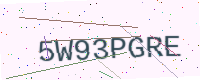
Text: 5W93PGRE